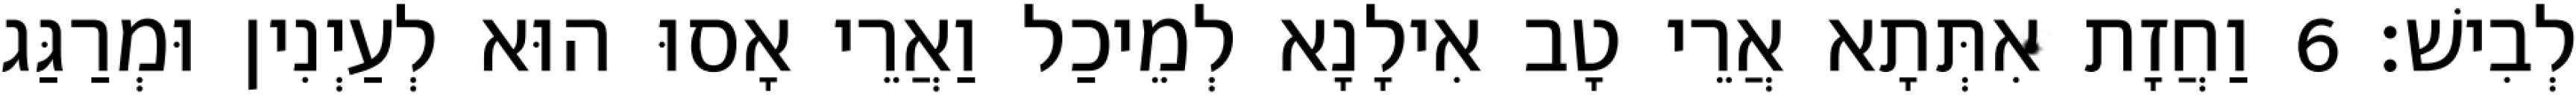
לְבִישׁ׃ 6 וַחֲזָת אִתְּתָא אֲרֵי טָב אִילָנָא לְמֵיכַל וַאֲרֵי אָסוּ הוּא לְעַיְנִין וּמְרַגַּג